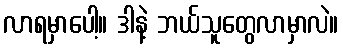
လာရမှာပေါ့။ ဒါနဲ့ ဘယ်သူတွေလာမှာလဲ။